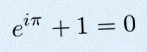
e^{i\pi}+1=0